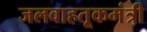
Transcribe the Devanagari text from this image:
जलवाहतूकमंत्री